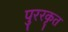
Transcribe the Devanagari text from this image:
पुररकृत